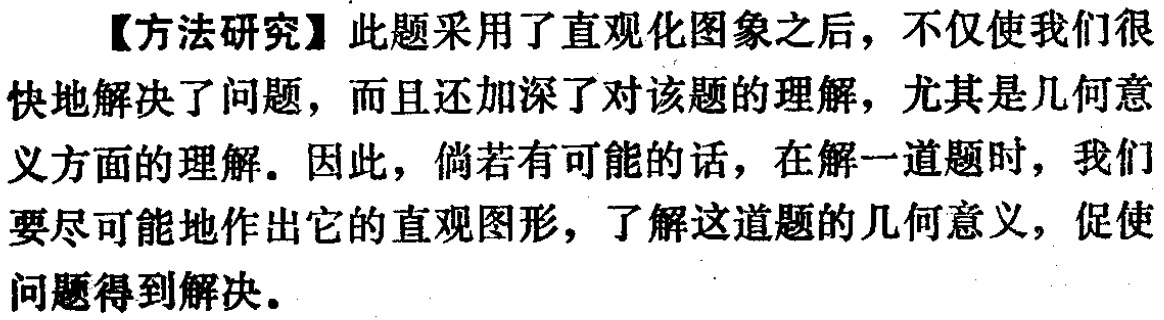
【方法研究】此题采用了直观化图象之后，不仅使我们很快地解决了问题，而且还加深了对该题的理解，尤其是几何意义方面的理解。因此，倘若有可能的话，在解一道题时，我们要尽可能地作出它的直观图形，了解这道题的几何意义，促使问题得到解决。